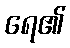
ရေ၏